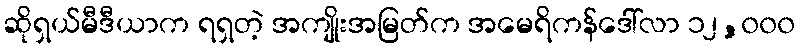
ဆိုရှယ်မီဒီယာက ရရှတဲ့ အကျိုးအမြတ်က အမေရိကန်ဒေါ်လာ ၁၂,၀၀၀